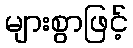
များစွာဖြင့်